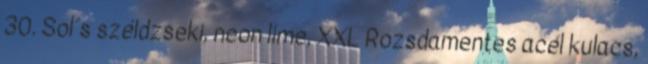
30. Sol´s széldzseki, neon lime, XXL Rozsdamentes acél kulacs,